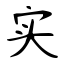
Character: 实